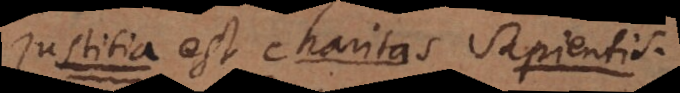
justitia est charitas sapientis)